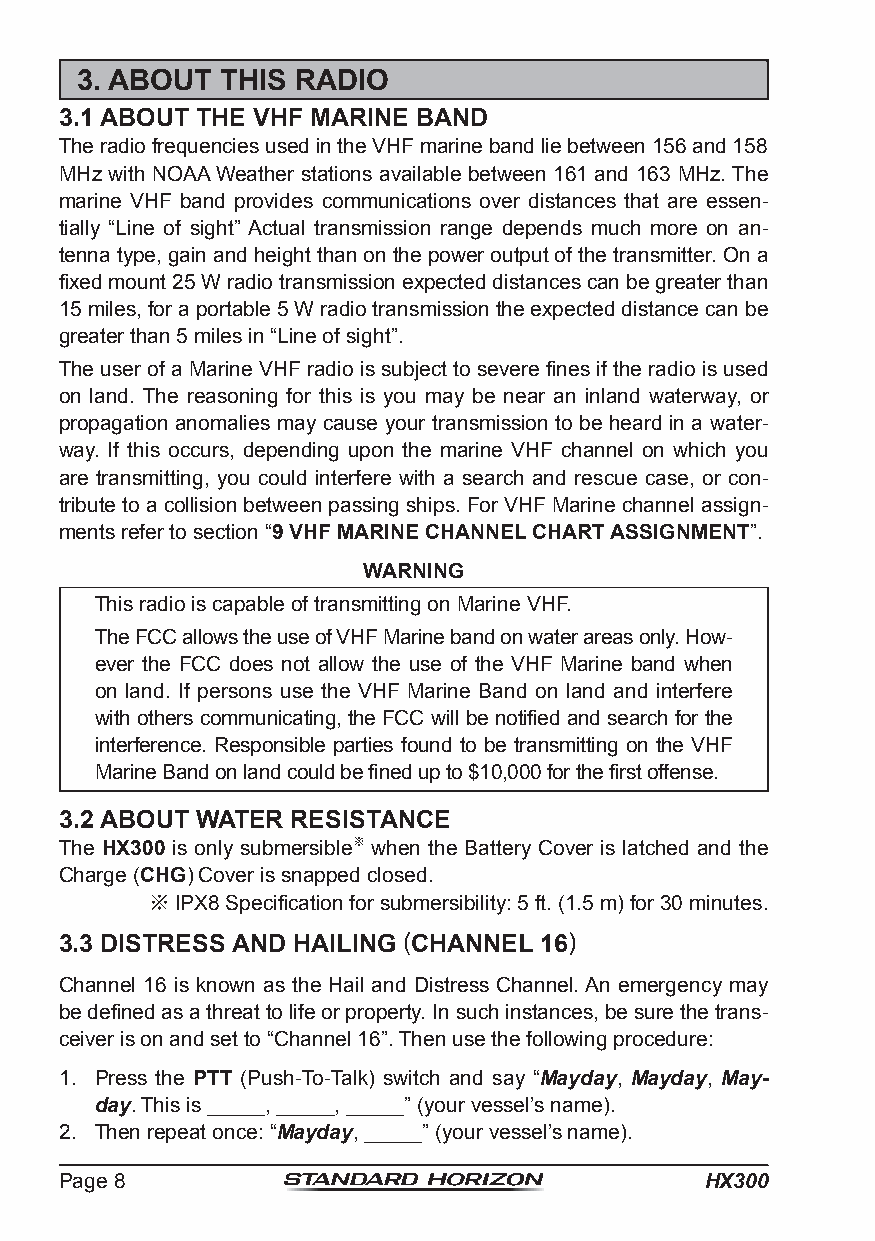
3. ABOUT  THIS RADIO
 3.1 ABOUT THE VHF MARINE BAND
 The radio frequencies used in the VHF marine band lie between 156 and 158
 MHz with NOAA Weather stations available between 161 and 163 MHz. The
 marine VHF band provides communications over distances that are essen-
 tially “Line of sight” Actual transmission range depends much more on an-
 tenna type, gain and height than on the power output of the transmitter. On a
 fixed mount 25 W radio transmission expected distances can be greater than
 15 miles, for a portable 5 W radio transmission the expected distance can be
 greater than 5 miles in “Line of sight”.
 The user of a Marine VHF radio is subject to severe fines if the radio is used
 on land. The reasoning for this is you may be near an inland waterway, or
 propagation anomalies may cause your transmission to be heard in a water-
 way. If this occurs, depending upon the marine VHF channel on which you
 are transmitting, you could interfere with a search and rescue case, or con-
 tribute to a collision between passing ships. For VHF Marine channel assign-
 ments refer to section “9 VHF MARINE CHANNEL CHART ASSIGNMENT”.
 WARNING
 This radio is capable of transmitting on Marine VHF.
 The FCC allows the use of VHF Marine band on water areas only. How-
 ever the FCC does not allow the use of the VHF Marine band when
 on land. If persons use the VHF Marine Band on land and interfere
 with others communicating, the FCC will be notified and search for the
 interference. Responsible parties found to be transmitting on the VHF
 Marine Band on land could be fined up to $10,000 for the first offense.
 3.2 ABOUT WATER RESISTANCE
 The HX300 is only submersible※ when the Battery Cover is latched and the
 Charge (CHG) Cover is snapped closed.
 ※IPX8 Specification for submersibility: 5 ft. (1.5 m) for 30 minutes.
 3.3 DISTRESS AND HAILING (CHANNEL 16)
 Channel 16 is known as the Hail and Distress Channel. An emergency may
 be defined as a threat to life or property. In such instances, be sure the trans-
 ceiver is on and set to “Channel 16”. Then use the following procedure:
 1. Press the PTT (Push-To-Talk) switch and say “Mayday, Mayday, May-
 day. This is _____, _____, _____” (your vessel’s name).
 2. Then repeat once: “Mayday, _____” (your vessel’s name).
 Page 8                                     HX300